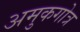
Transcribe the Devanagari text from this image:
अमुकगोत्र